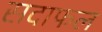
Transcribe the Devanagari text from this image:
सदाफल